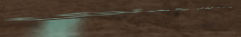
توصيل طلبات الشام والحلوي